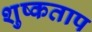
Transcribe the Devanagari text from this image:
शुष्कताप